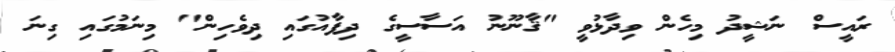
ރައީސް ނަޝީދު މިހެން ވިދާޅުވީ "ޤާނޫނު އަސާސީގެ ދިފާއުގައި ދިވެހިން" މިނަމުގައި ގިނަ